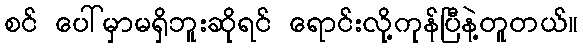
စင် ပေါ်မှာမရှိဘူးဆိုရင် ရောင်းလို့ကုန်ပြီနဲ့တူတယ်။